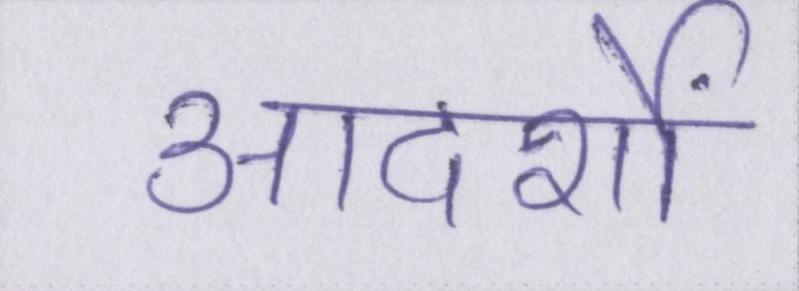
आदर्शों